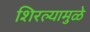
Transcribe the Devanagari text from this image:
शिरल्यामुळे